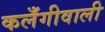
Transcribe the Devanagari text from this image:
कलँगीवाली